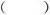
（）